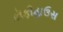
કૉફીહાઉસ